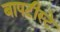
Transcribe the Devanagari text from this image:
बापटीस्टे